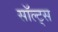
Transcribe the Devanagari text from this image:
सॉल्ट्स